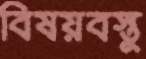
বিষয়বস্তু